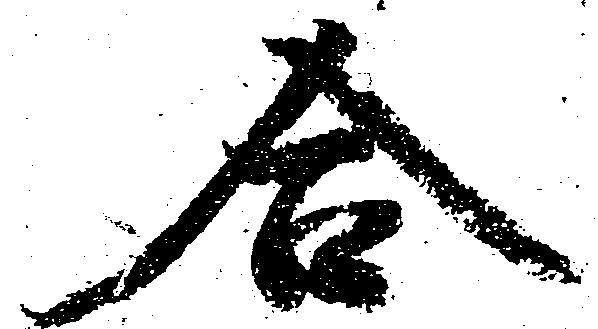
合